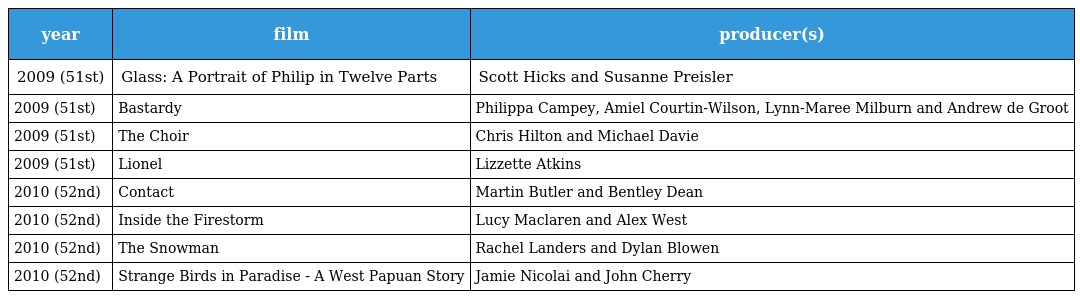
| year | film | producer(s) |
 | --- | --- | --- |
 | 2009 (51st) | Glass: A Portrait of Philip in Twelve Parts | Scott Hicks and Susanne Preisler |
 | 2009 (51st) | Bastardy | Philippa Campey, Amiel Courtin-Wilson, Lynn-Maree Milburn and Andrew de Groot |
 | 2009 (51st) | The Choir | Chris Hilton and Michael Davie |
 | 2009 (51st) | Lionel | Lizzette Atkins |
 | 2010 (52nd) | Contact | Martin Butler and Bentley Dean |
 | 2010 (52nd) | Inside the Firestorm | Lucy Maclaren and Alex West |
 | 2010 (52nd) | The Snowman | Rachel Landers and Dylan Blowen |
 | 2010 (52nd) | Strange Birds in Paradise - A West Papuan Story | Jamie Nicolai and John Cherry |